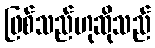
ဖြစ်သည်ဟုဆိုသည်